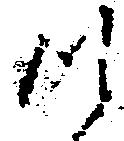
つ